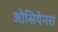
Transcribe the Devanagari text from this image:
ओसियेनस